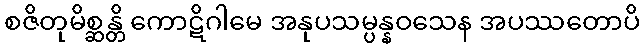
စဇိတုမိစ္ဆန္တိ ကောဋိဂါမေ အနုပသမ္ပန္နဝသေန အပဿတောပိ